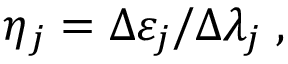
\begin{array} { r } { \eta _ { j } = \Delta \varepsilon _ { j } / \Delta \lambda _ { j } \; , } \end{array}